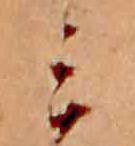
ミ